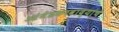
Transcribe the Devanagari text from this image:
आंबेडकरवाद्यांचे